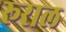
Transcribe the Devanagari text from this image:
रूराल